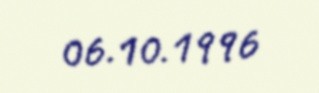
06.10.1996